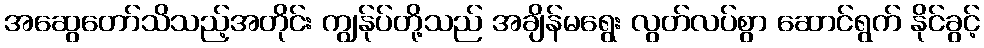
အဆွေတော်သိသည့်အတိုင်း ကျွန်ုပ်တို့သည် အချိန်မရွေး လွတ်လပ်စွာ ဆောင်ရွက် နိုင်ခွင့်